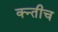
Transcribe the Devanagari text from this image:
क्न्तीच